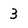
Character: 3